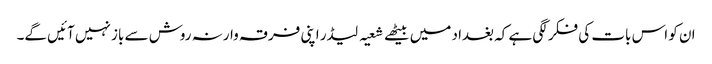
ان کو اس بات کی فکر لگی ہے کہ بغداد میں بیٹھے شعیہ لیڈر اپنی فرقہ وارنہ روش سے باز نہیں آئیں گے۔